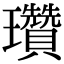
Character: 瓚